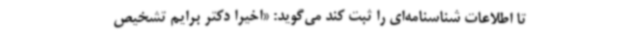
تا اطلاعات شناسنامه‌ای را ثبت کند می‌گوید: «اخیرا دکتر برایم تشخیص